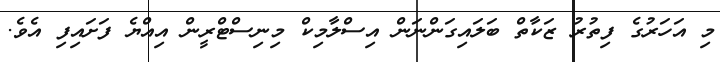
މި އަހަރުގެ ފިތުރު ޒަކާތް ބަލައިގަންނަން އިސްލާމިކް މިނިސްޓްރީން އިއްޔެ ފަށައިފި އެވެ.